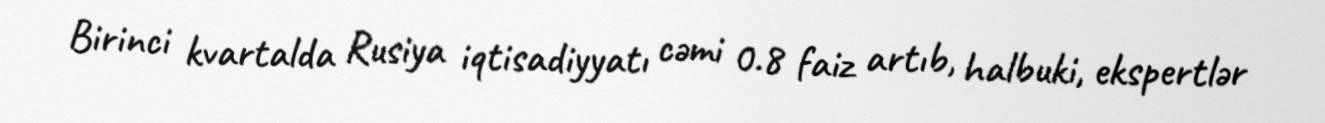
Birinci kvartalda Rusiya iqtisadiyyatı cəmi 0.8 faiz artıb, halbuki, ekspertlər